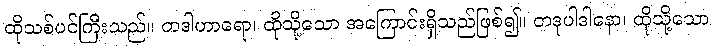
ထိုသစ်ပင်ကြီးသည်။ တဒါဟာရော၊ ထိုသို့သော အကြောင်းရှိသည်ဖြစ်၍။ တဒုပါဒါနော၊ ထိုသို့သော